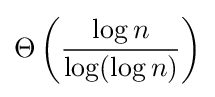
\Theta \left({\frac {\log n}{\log(\log n)}}\right)